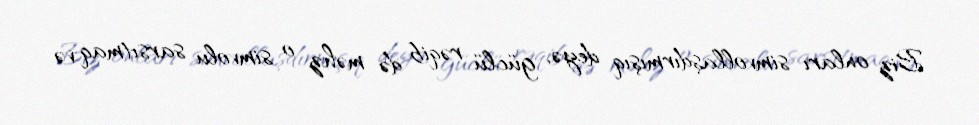
Biz onları simvollaşdırmışıq deyə, güclü rəqib də məhz o simvolu sarsıtmaq və